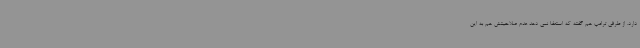
دارد. از طرفی ترامپ هم گفته که استعفا نمی دهد عدم صلاحیتش هم به این